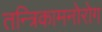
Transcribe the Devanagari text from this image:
तन्त्रिकामनोरोग